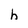
Character: h